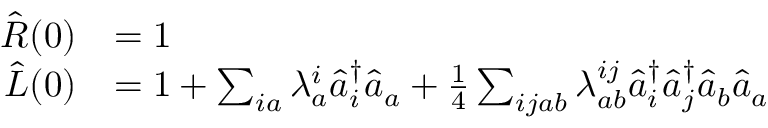
\begin{array} { r l } { \hat { R } ( 0 ) } & { = 1 } \\ { \hat { L } ( 0 ) } & { = 1 + \sum _ { i a } \lambda _ { a } ^ { i } \hat { a } _ { i } ^ { \dagger } \hat { a } _ { a } + \frac { 1 } { 4 } \sum _ { i j a b } \lambda _ { a b } ^ { i j } \hat { a } _ { i } ^ { \dagger } \hat { a } _ { j } ^ { \dagger } \hat { a } _ { b } \hat { a } _ { a } } \end{array}